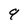
Character: 9